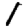
Digit: 1